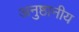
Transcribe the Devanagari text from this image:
अनुष्ठानीय